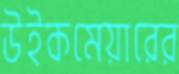
উইকমেয়ারের